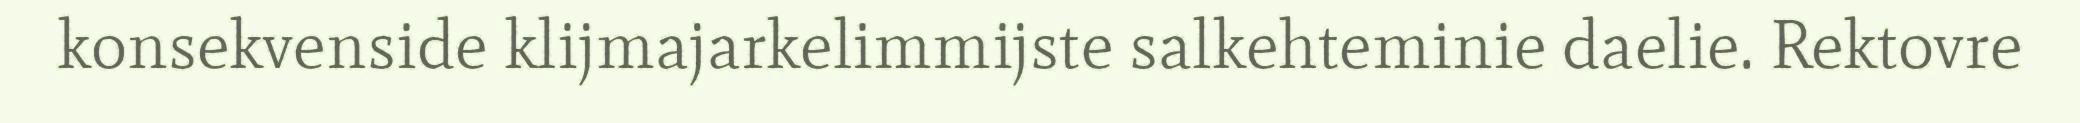
konsekvenside klijmajarkelimmijste salkehteminie daelie. Rektovre